Annual administration report of the Civil Veterinary Department of India - 1893-1894
Year: 1893
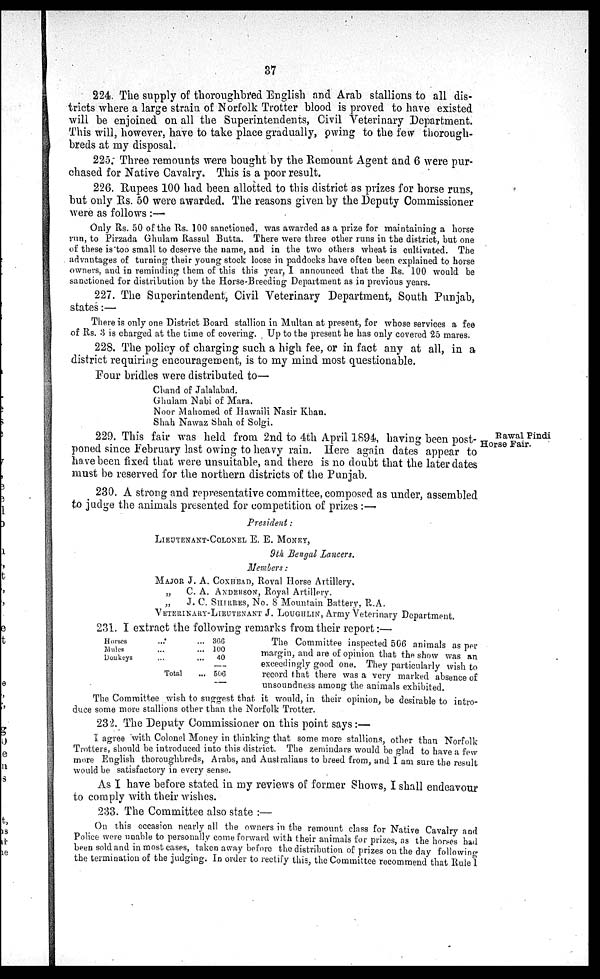
37
224. The supply of thoroughbred English and Arab stallions to all dis-
tricts where a large strain of Norfolk Trotter blood is proved to have existed
will be enjoined on all the Superintendents, Civil Veterinary Department.
This will, however, have to take place gradually, owing to the few thorough-
breds at my disposal.
225. Three remounts were bought by the Remount Agent and 6 were pur-
chased for Native Cavalry. This is a poor result.
226. Rupees 100 had been allotted to this district as prizes for horse runs,
but only Rs. 50 were awarded. The reasons given by the Deputy Commissioner
were as follows:—
Only Rs. 50 of the Rs. 100 sanctioned, was awarded as a prize for maintaining a horse
run, to Pirzada Ghulam Rassul Butta. There were three other runs in the district, but one
of these is too small to deserve the name, and in the two others wheat is cultivated. The
advantages of turning their young stock loose in paddocks have often been explained to horse
owners, and in reminding them of this this year, I announced that the Rs. 100 would be
sanctioned for distribution by the Horse-Breeding Department as in previous years.
227. The Superintendent, Civil Veterinary Department, South Punjab,
states:—
There is only one District Board stallion in Multan at present, for whose services a fee
of Rs. 3 is charged at the time of covering. Up to the present he has only covered 25 mares.
228. The policy of charging such a high fee, or in fact any at all, in a
district requiring encouragement, is to my mind most questionable.
Four bridles were distributed to—
Chand of Jalalabad.
Ghulam Nabi of Mara.
Noor Mahomed of Hawaili Nasir Khan.
Shah Nawaz Shah of Solgi.
Rawal Pindi
Horse Fair.
229. This fair was held from 2nd to 4th April 1894, having been post-
poned since February last owing to heavy rain. Here again dates appear to
have been fixed that were unsuitable, and there is no doubt that the later dates
must be reserved for the northern districts of the Punjab.
230. A strong and representative committee, composed as under, assembled
to judge the animals presented for competition of prizes:—
President:
LIEUTENANT-COLONEL E. E. MONEY,
9th Bengal Lancers.
Members:
MAJOR J. A.
„
C. A.
„
J. C.
VETERINARY-
COXHEAD, Royal Horse Artillery,
ANDERSON, Royal Artillery.
SHIRRES, No. 8 Mountain Battery, R.A.
LIEUTENANT J. LOUGHLIN, Army Veterinary Department.
231. I extract the following remarks from their report:—
Horses
... ...
Mules... ...
Donkeys ... ...
Total ...
366
100
40
506
The Committee inspected 506 animals as per
margin, and are of opinion that the show was an
exceedingly good one. They particularly wish to
record that there was a very marked absence of
unsoundness among the animals exhibited.
The Committee wish to suggest that it would, in their opinion, be desirable to intro-
duce some more stallions other than the Norfolk Trotter.
232. The Deputy Commissioner on this point says:—
I agree with Colonel Money in thinking that some more stallions, other than Norfolk
Trotters, should be introduced into this district. The zemindars would be glad to have a few
more English thoroughbreds, Arabs, and Australians to breed from, and I am sure the result
would be satisfactory in every sense.
As I have before stated in my reviews of former Shows, I shall endeavour
to comply with their wishes.
233. The Committee also state:—
On this occasion nearly all the owners in the remount class for Native Cavalry and
Police were unable to personally come forward with their animals for prizes, as the horses had
been sold and in most cases, taken away before the distribution of prizes on the day following
the termination of the judging. In order to rectify this, the Committee recommend that Rule 1